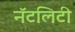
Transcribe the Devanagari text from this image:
नॅटलिटी